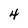
Character: 4